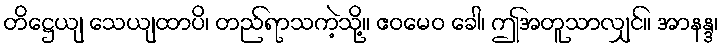
တိဋ္ဌေယျ သေယျထာပိ၊ တည်ရာသကဲ့သို့။ ဧဝမေဝ ခေါ၊ ဤအတူသာလျှင်။ အာနန္ဒ၊